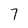
Character: 7